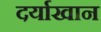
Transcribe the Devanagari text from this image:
दर्याखान